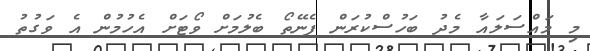
މި މައްސަލައާ މެދު ބަހުސްކުރަން ފެނޭތޯ ބެލުމަށް ވޯޓަށް އެހުމުން އެ ވަގުތު